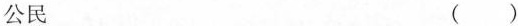
公民 ( )